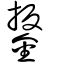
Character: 鋬